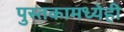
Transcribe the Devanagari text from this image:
पुस्तकामध्येही